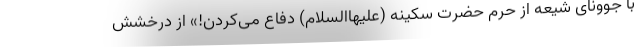
با جوونای شیعه از حرم حضرت سکینه (علیهاالسلام) دفاع می‌کردن!» از درخشش